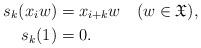
LaTeX: \begin{align*}s_{k}(x_{i}w) & =x_{i+k}w\quad(w\in\mathfrak{X}),\\s_{k}(1) & =0.\end{align*}